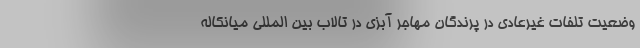
وضعیت تلفات غیرعادی در پرندگان مهاجر آبزی در تالاب بین المللی میانکاله